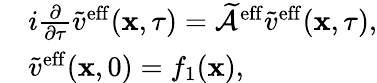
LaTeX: \begin{array}{rl}&{i\frac{\partial}{\partial\tau}\tilde{v}^{\mathrm{eff}}(\mathbf{x},\tau)=\widetilde{\mathcal{A}}^{\mathrm{eff}}\tilde{v}^{\mathrm{eff}}(\mathbf{x},\tau),}\\ &{\tilde{v}^{\mathrm{eff}}(\mathbf{x},0)=f_{1}(\mathbf{x}),}\end{array}